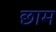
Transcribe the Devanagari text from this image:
छाम